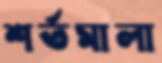
শর্তমালা